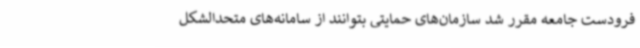
فرودست جامعه مقرر شد سازمان‌های حمایتی بتوانند از سامانه‌های متحدالشکل